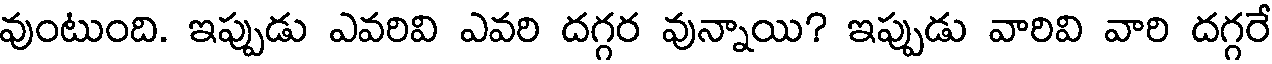
వుంటుంది. ఇప్పుడు ఎవరివి ఎవరి దగ్గర వున్నాయి? ఇప్పుడు వారివి వారి దగ్గరే